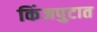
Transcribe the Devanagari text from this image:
किंजपुटात